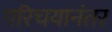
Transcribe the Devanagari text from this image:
परिचयानंतर